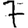
Digit: 7